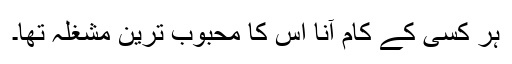
ہر کسی کے کام آنا اس کا محبوب ترین مشغلہ تھا۔